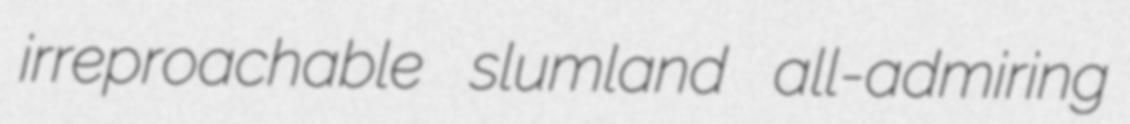
irreproachable slumland all-admiring